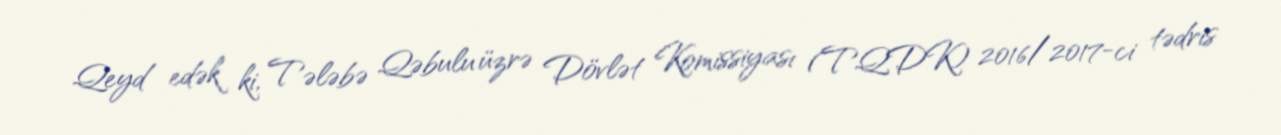
Qeyd edək ki, Tələbə Qəbulu üzrə Dövlət Komissiyası (TQDK) 2016/2017-ci tədris